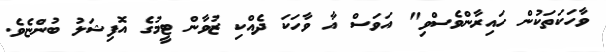
ވާހަކަތަކުން ހައިރާންވެސްވި" އަވަސް އާ ވާހަކަ ދެއްކި ޒުވާން ޓީމުގެ އޮފިޝަލު ބުންޏެވެ.